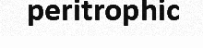
peritrophic